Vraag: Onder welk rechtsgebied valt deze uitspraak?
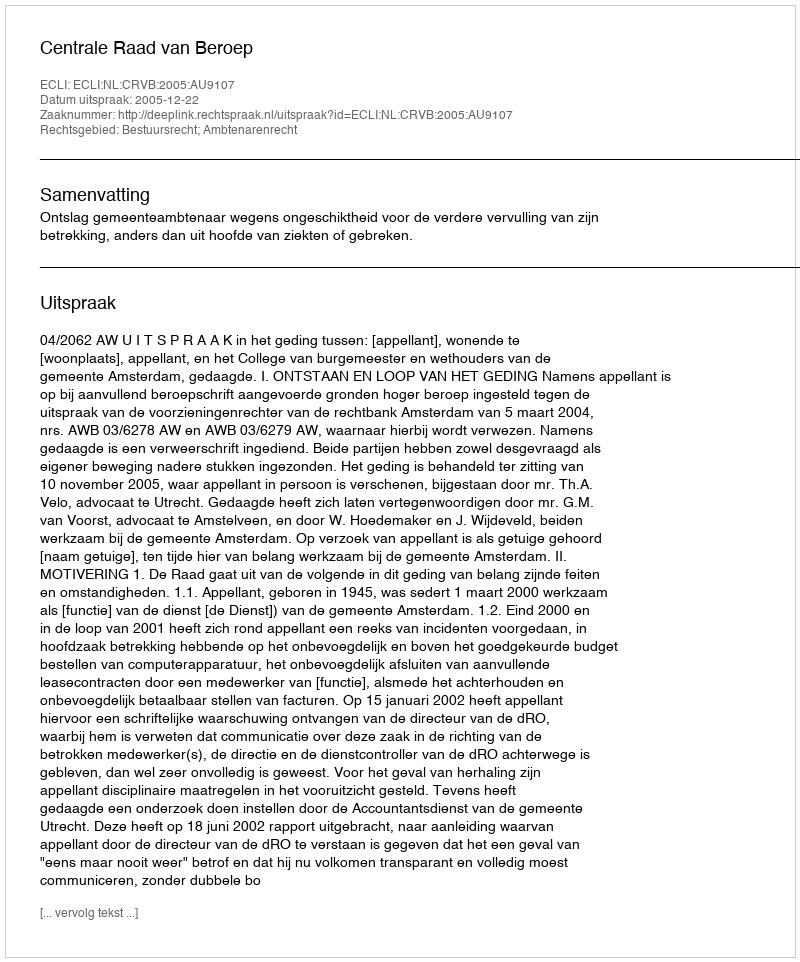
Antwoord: Bestuursrecht; Ambtenarenrecht